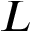
L